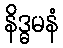
နိဒ္ဓမနံ